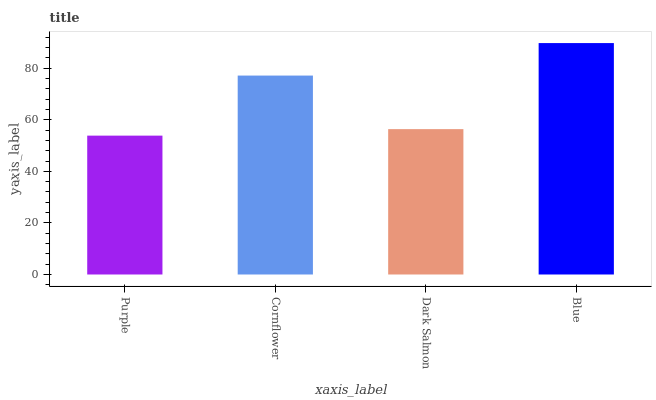
| xaxis_label | bars |
 | --- | --- |
 | Purple | 53.8 |
 | Cornflower | 77.1 |
 | Dark Salmon | 56.4 |
 | Blue | 89.7 |